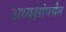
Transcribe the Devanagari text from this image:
अध्यक्षांपर्यंत